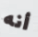
أنه